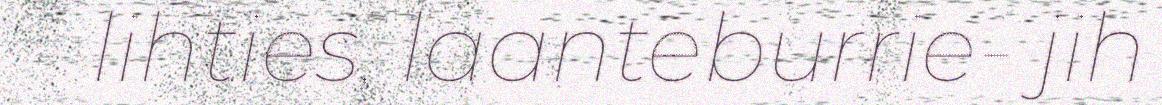
lihties, laanteburrie- jih